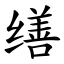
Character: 缮